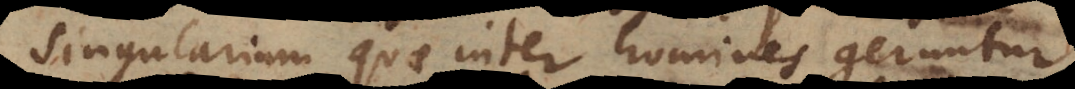
singularium quae inter homines geruntur